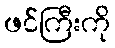
ဖင်ကြီးကို